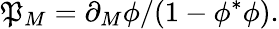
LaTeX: {\mathfrak{P}_{M}=\partial_{M}\phi/(1-\phi^{\ast}\phi).}